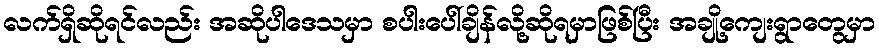
လက်ရှိဆိုရင်လည်း အဆိုပါဒေသမှာ စပါးပေါ်ချိန်လို့ဆိုရမှာဖြစ်ပြီး အချို့ကျေးရွာတွေမှာ